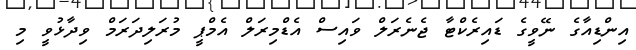
އިންޑިއާގެ ނޭވީގެ ޑައިރެކްޓާ ޖެނެރަލް ވައިސް އެޑްމިރަލް އެމްޕީ މުރަލިދަރަމް ވިދާޅުވީ މި